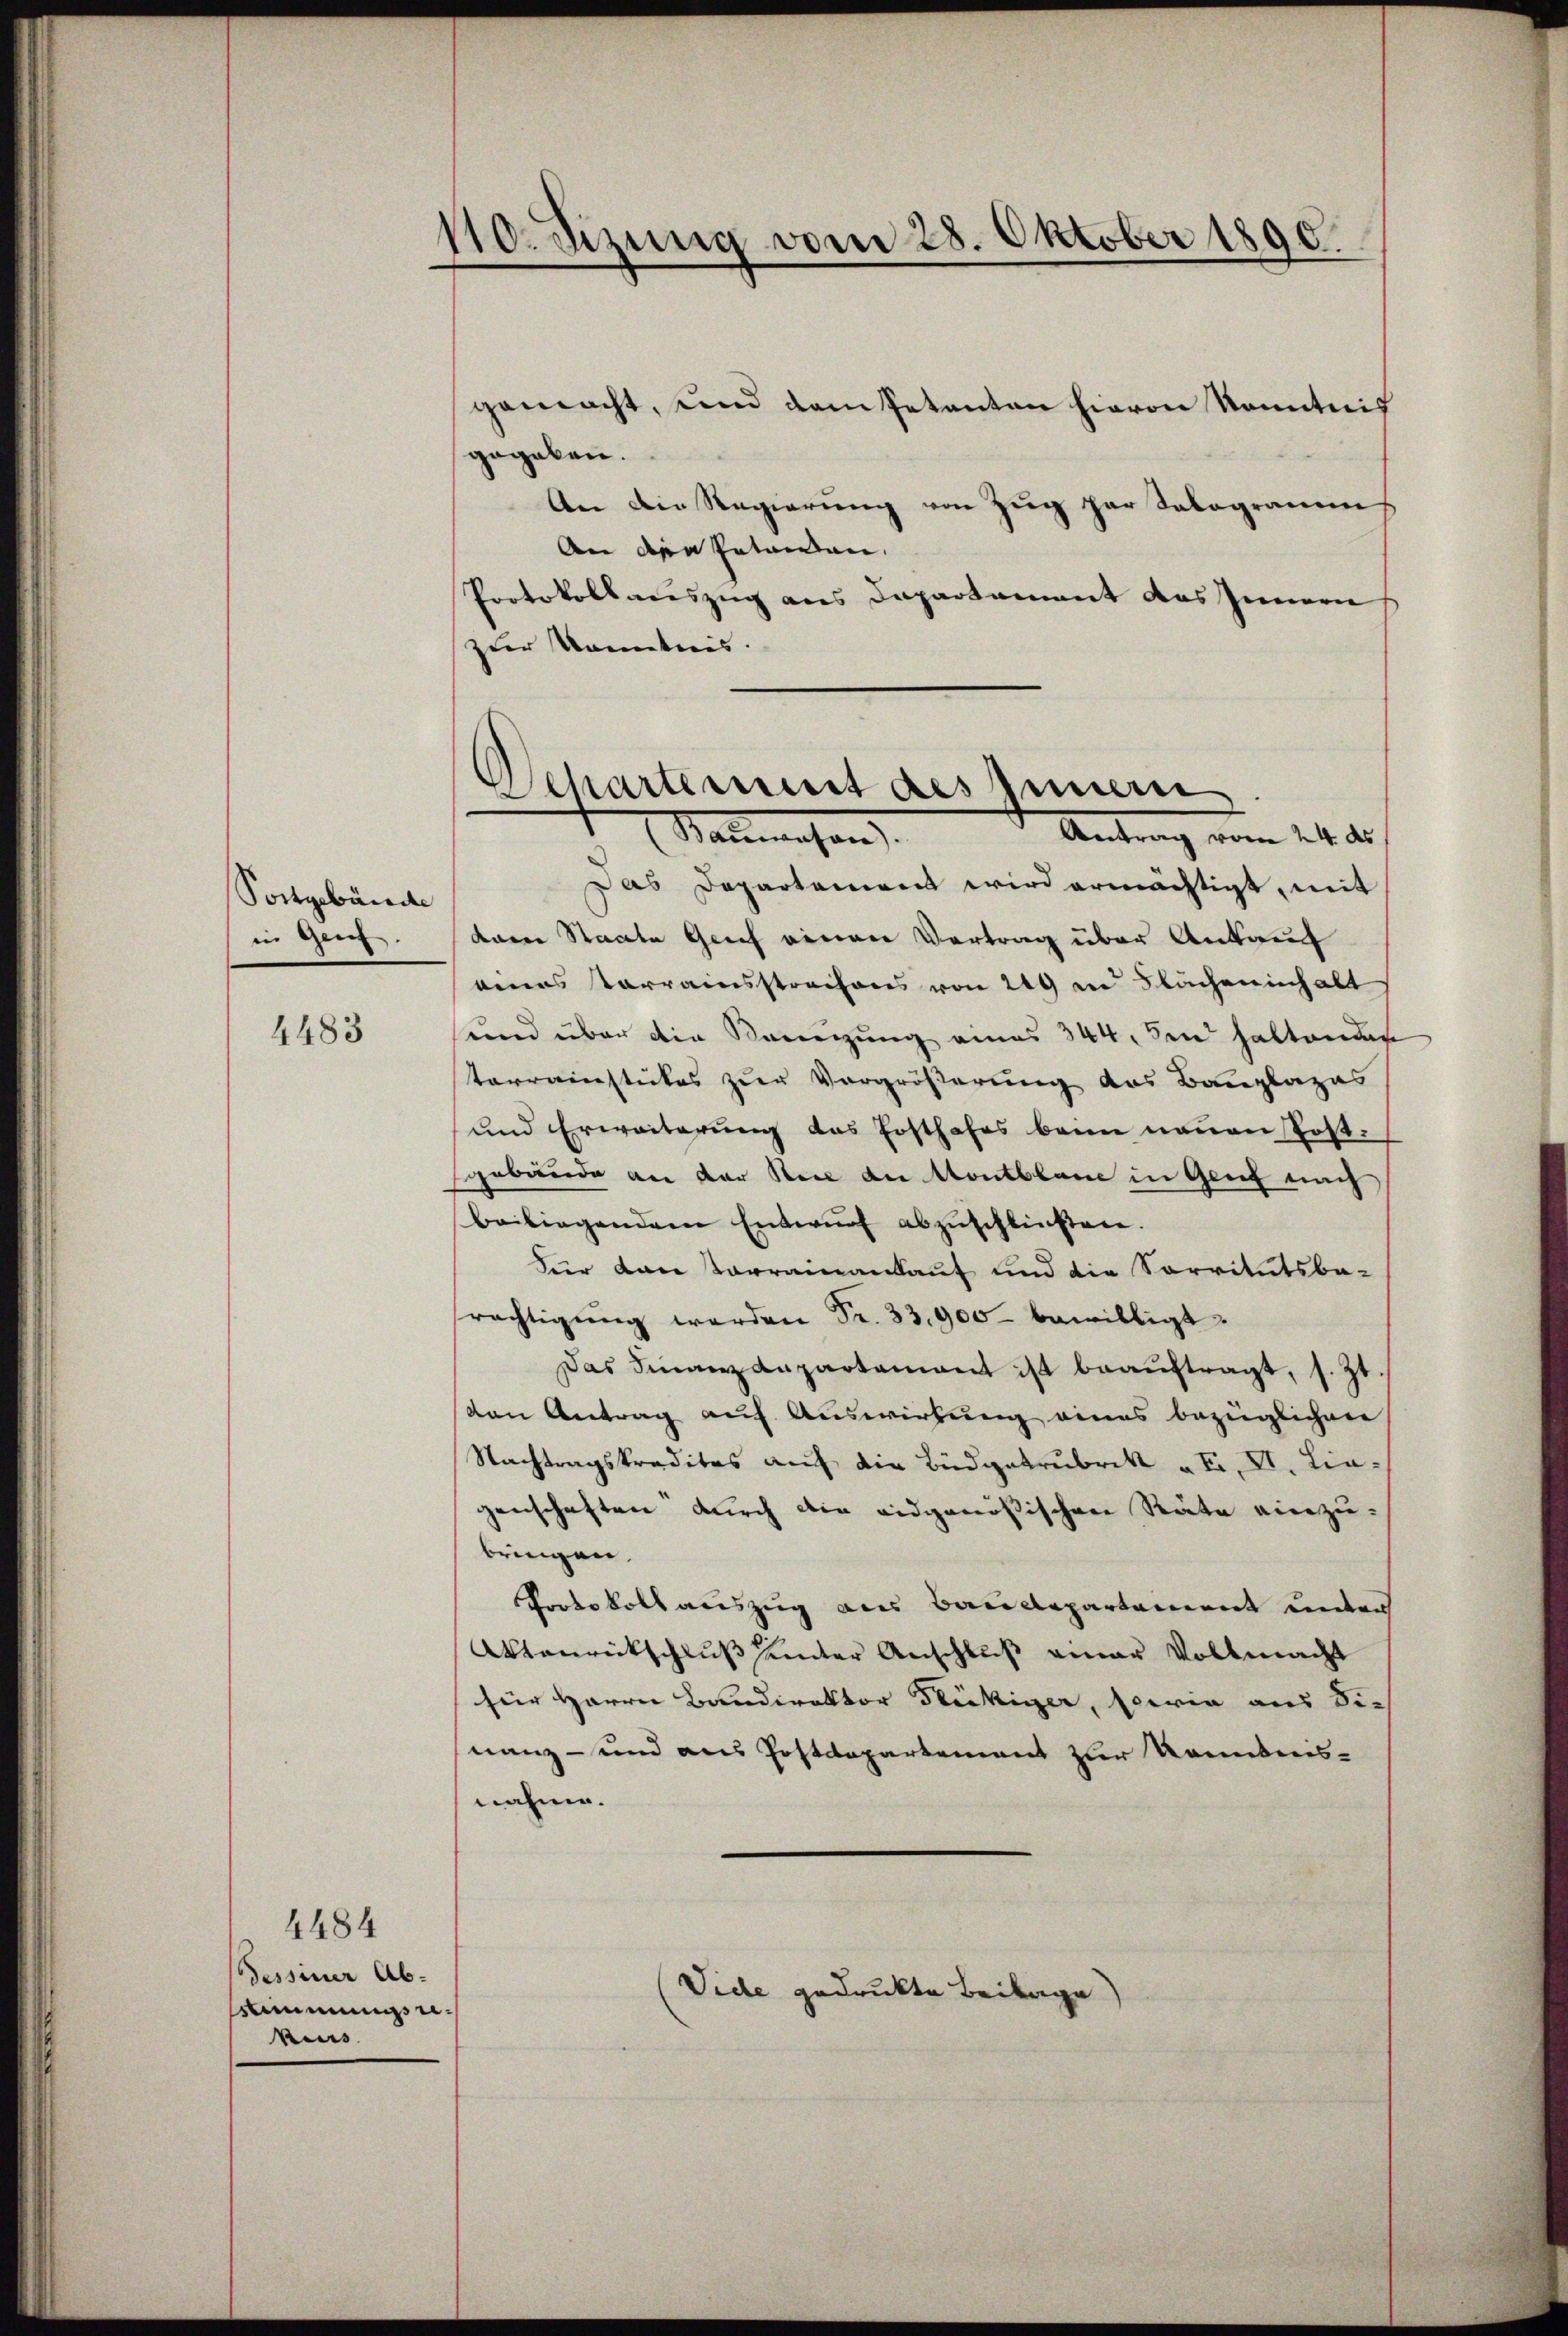
Soctgebäude
in Genf.

4483

4484
Tessiner Ab-
Stimmungs eikurs

110. dizung vom 28. Oktober 1890.

gemacht, und dem Petenten hievon konntnis
gegeben.
An die Regierŭng von Zŭg par Salogramms
An den Petenden,
Protokollauszug aus Departement des Innern
zur Kenntnis.

)
Departement des Innern
Malmechan
Antrag vom 24. ds.

Das Departement wird ermächtigt, mit
dren Staate Genf einen Vertrag über Ankauf
eines Vorrainsstrachens von 249 in Sacheninhalt
sund über die Keinigung eines 344, den haltenden
terreinstickes zur Vergrößerung des Bauplazas
und Erweiterung das Fosthofes beim neuen Post-
gebäude an der Sei der Montblane in Genf nach
beiliegendem Entwŭrf abzŭschließen.
Für van Vorrainankauf und die Servitutsbe-
rächtigŭng werden Fr. 33,900 bewilligt.
Das Finanzdepartement ist beaŭftragt, s. Zt.
den Antrag auf Auswirkung eines bezüglichen
Nachtragskreditas auf die Büdgetrubrik „ F. VI. Liegenschaften durch die eidgenößischen Räte einzubringen.
Protokoll auszug aus Baudepartement unter
Aanrückschluß seiter Anschluß einer Vollmacht
für Herrn Bandirektor Fleckiger, sowie aus Sic
nanz- und aus Postdepartement zur Konntens-
nahme.

Vide gedruckte Beilage)